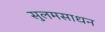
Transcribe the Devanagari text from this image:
सुलमसाधन